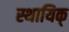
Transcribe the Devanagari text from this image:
स्थायिक्